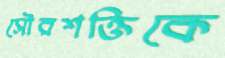
সৌরশক্তিকে